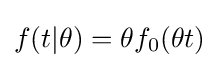
f(t|\theta )=\theta f_{0}(\theta t)